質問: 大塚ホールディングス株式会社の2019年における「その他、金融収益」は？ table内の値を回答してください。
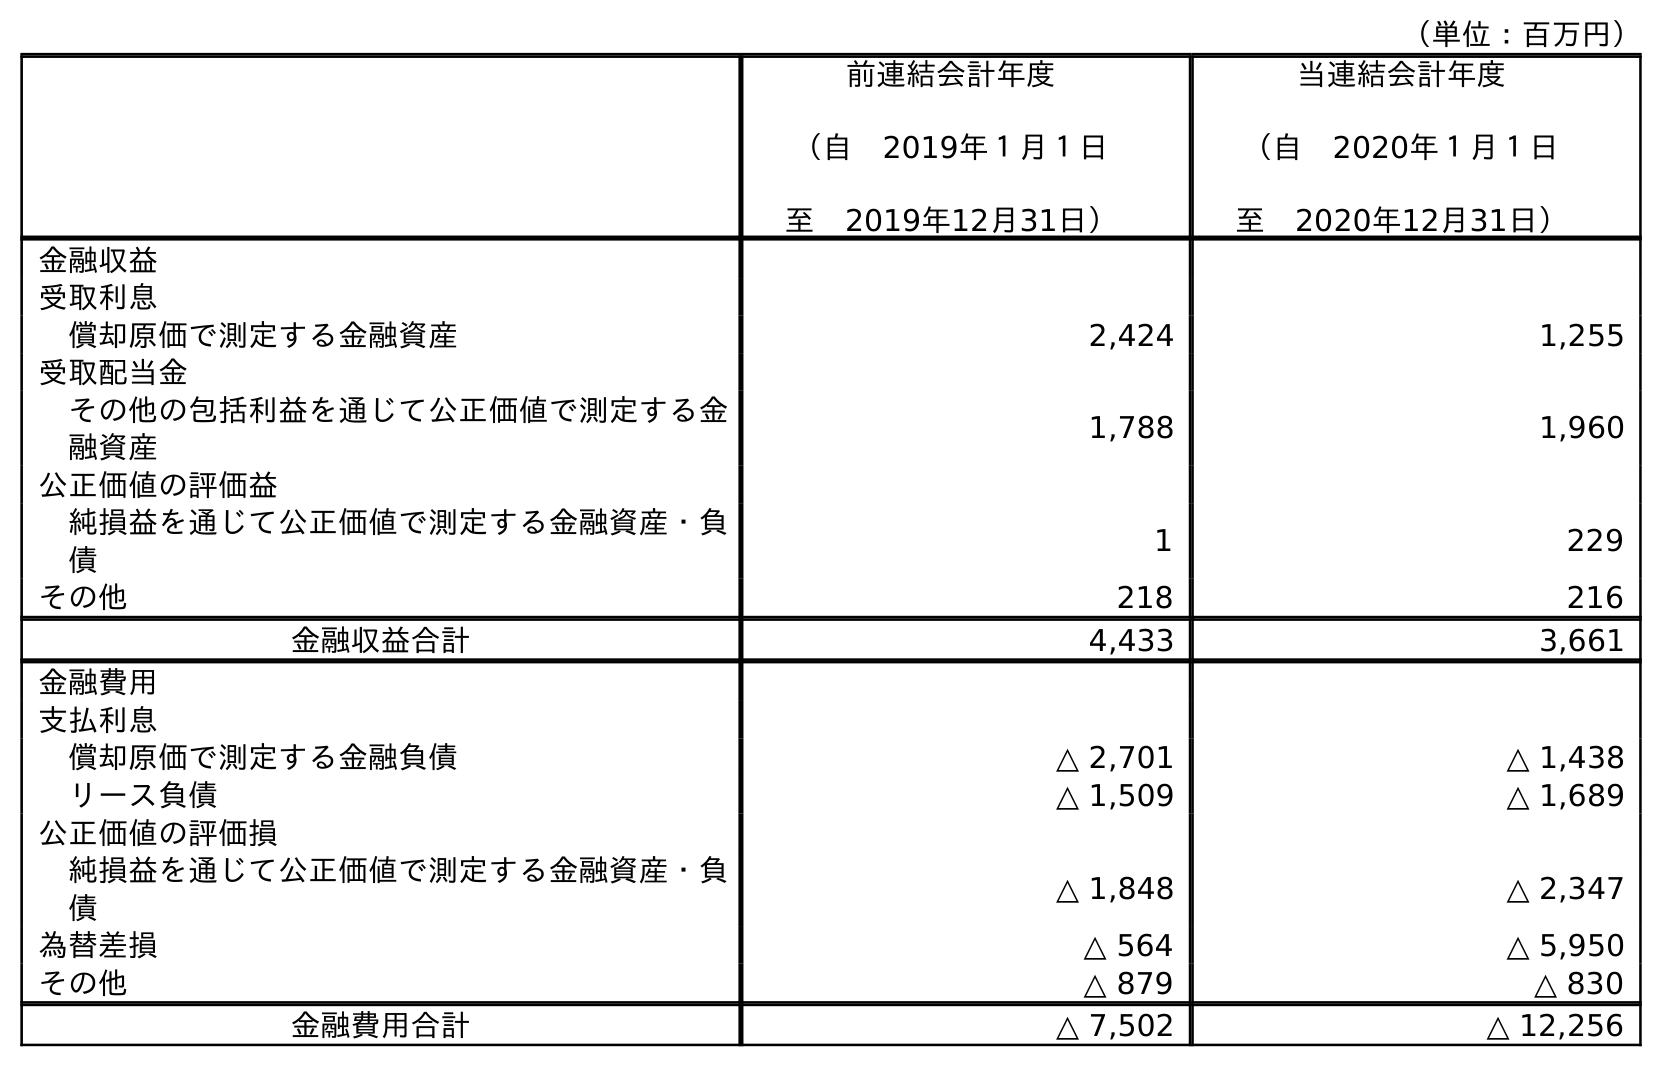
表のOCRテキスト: （単位：百万円） 前連結会計年度 （自 2019年１月１日 至 2019年12月31日） 当連結会計年度 （自 2020年１月１日 至 2020年12月31日） 金融収益 受取利息 償却原価で測定する金融資産 2,424 1,255 受取配当金 その他の包括利益を通じて公正価値で測定する金 融資産 1,788 1,960 公正価値の評価益 純損益を通じて公正価値で測定する金融資産・負 債 1 229 その他 218 216 金融収益合計 4,433 3,661 金融費用 支払利息 償却原価で測定する金融負債 △ 2,701 △ 1,438 リース負債 △ 1,509 △ 1,689 公正価値の評価損 純損益を通じて公正価値で測定する金融資産・負 債 △ 1,848 △ 2,347 為替差損 △ 564 △ 5,950 その他 △ 879 △ 830 金融費用合計 △ 7,502 △ 12,256
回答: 218